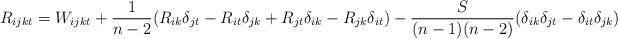
LaTeX: \begin{align*} {R_{ijkt}=W_{ijkt}+\frac{1}{n-2}(R_{ik}\delta_{jt}-R_{it}\delta_{jk}+R_{jt}\delta_{ik}-R_{jk}\delta_{it})-\frac{S}{(n-1)(n-2)}(\delta_{ik}\delta_{jt}-\delta_{it}\delta_{jk})}\end{align*}